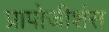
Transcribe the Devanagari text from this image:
प्रापोजीशंस